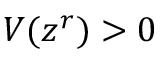
V ( z ^ { r } ) > 0